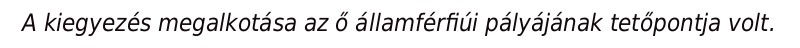
A kiegyezés megalkotása az ő államférfiúi pályájának tetőpontja volt.